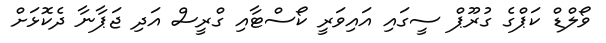
ވޯލްޑް ކަޕްގެ ގުރޫޕް ސީގައި އައިވަރީ ކޯސްޓާއި ގްރީސް އަދި ޖަޕާނާ ދެކޮޅަށް